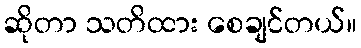
ဆိုတာ သတိထား စေချင်တယ်။